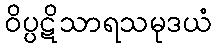
ဝိပ္ပဋိသာရသမုဒယံ